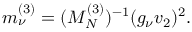
m _ { \nu } ^ { ( 3 ) } = ( M _ { N } ^ { ( 3 ) } ) ^ { - 1 } ( g _ { \nu } v _ { 2 } ) ^ { 2 } .